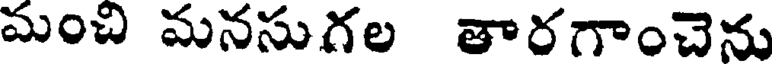
మంచి మనసుగల తారగాంచెను